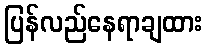
ပြန်လည်နေရာချထား